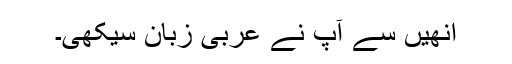
انھیں سے آپ نے عربی زبان سیکھی۔